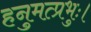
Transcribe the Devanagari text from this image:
हनुमत्प्रभुः।